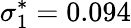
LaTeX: \sigma_{1}^{*}=0.094